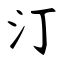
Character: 汀